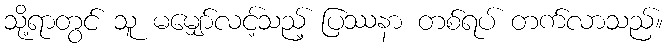
သို့ရာတွင် သူ မမျှော်လင့်သည့် ပြဿနာ တစ်ရပ် တက်လာသည်။